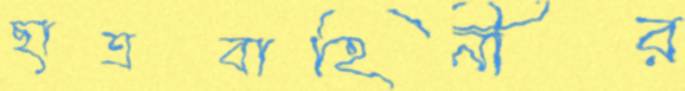
ছাত্রবাহিনীর